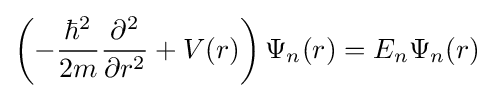
\left(-{\frac {\hbar ^{2}}{2m}}{\frac {\partial ^{2}}{\partial r^{2}}}+V(r)\right)\Psi _{n}(r)=E_{n}\Psi _{n}(r)\